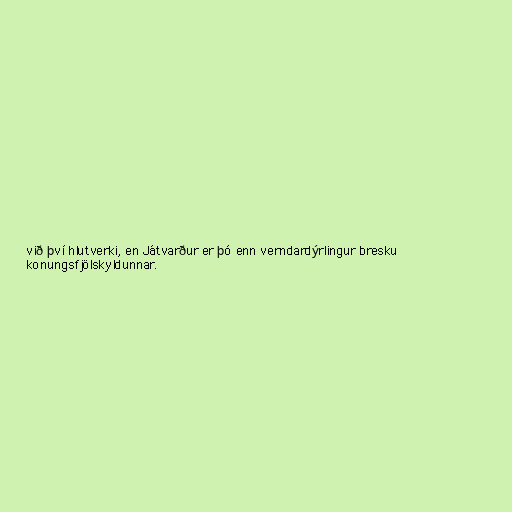
við því hlutverki, en Játvarður er þó enn verndardýrlingur bresku
konungsfjölskyldunnar.